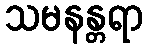
သမနန္တရာ